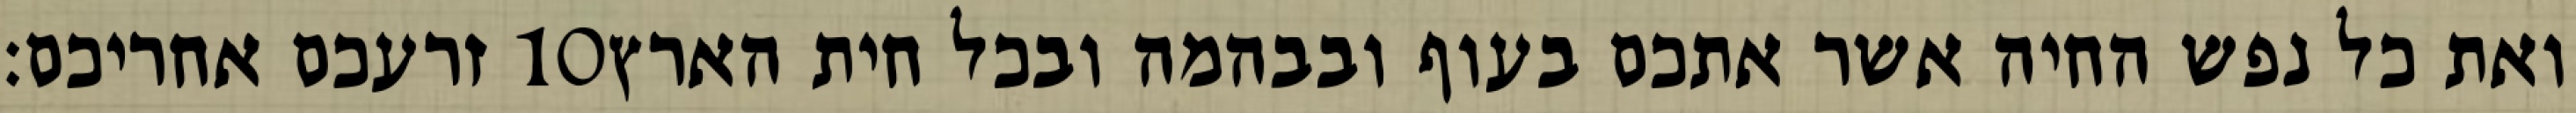
זרעכם אחריכם׃ ‎10‏ ואת כל נפש החיה אשר אתכם בעוף ובבהמה ובכל חית הארץ